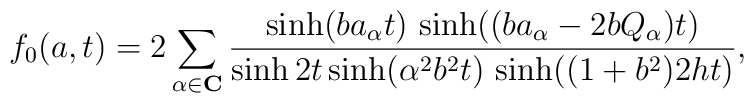
f_{0}(a,t)=2\sum_{\alpha \in \mathbf{C}}\frac{\sinh (ba_{\alpha }t)\,\sinh((ba_{\alpha }-2bQ_{\alpha })t)}{\sinh 2t\sinh (\alpha ^{2}b^{2}t)\,\sinh((1+b^{2})2ht)},